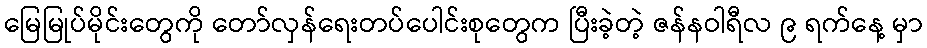
မြေမြုပ်မိုင်းတွေကို တော်လှန်ရေးတပ်ပေါင်းစုတွေက ပြီးခဲ့တဲ့ ဇန်နဝါရီလ ၉ ရက်နေ့ မှာ